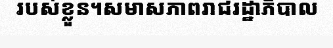
របស់ខ្លួន។សមាសភាពរាជរដ្ឋាភិបាល